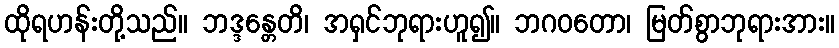
ထိုရဟန်းတို့သည်။ ဘဒ္ဒန္တေတိ၊ အရှင်ဘုရားဟူ၍။ ဘဂဝတော၊ မြတ်စွာဘုရားအား။